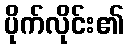
ပိုက်လိုင်း၏